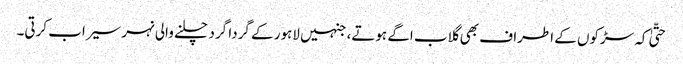
حتّیٰ کہ سڑکوں کے اطراف بھی گلاب اگے ہوتے، جنہیں لاہور کے گردا گرد چلنے والی نہر سیراب کرتی۔